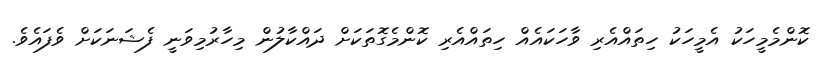
ކޮންމެމީހަކު އެމީހަކު ހިތައްއެރި ވާހަކައެއް ހިތައްއެރި ކޮންމެގޮތަކަށް ދައްކާލުން މިހާރުމިވަނީ ފެޝަނަކަށް ވެފައެވެ.